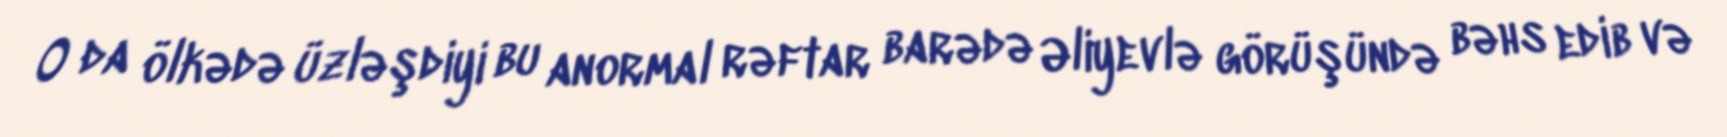
O da ölkədə üzləşdiyi bu anormal rəftar barədə Əliyevlə görüşündə bəhs edib və